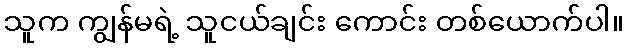
သူက ကျွန်မရဲ့ သူငယ်ချင်း ကောင်း တစ်ယောက်ပါ။